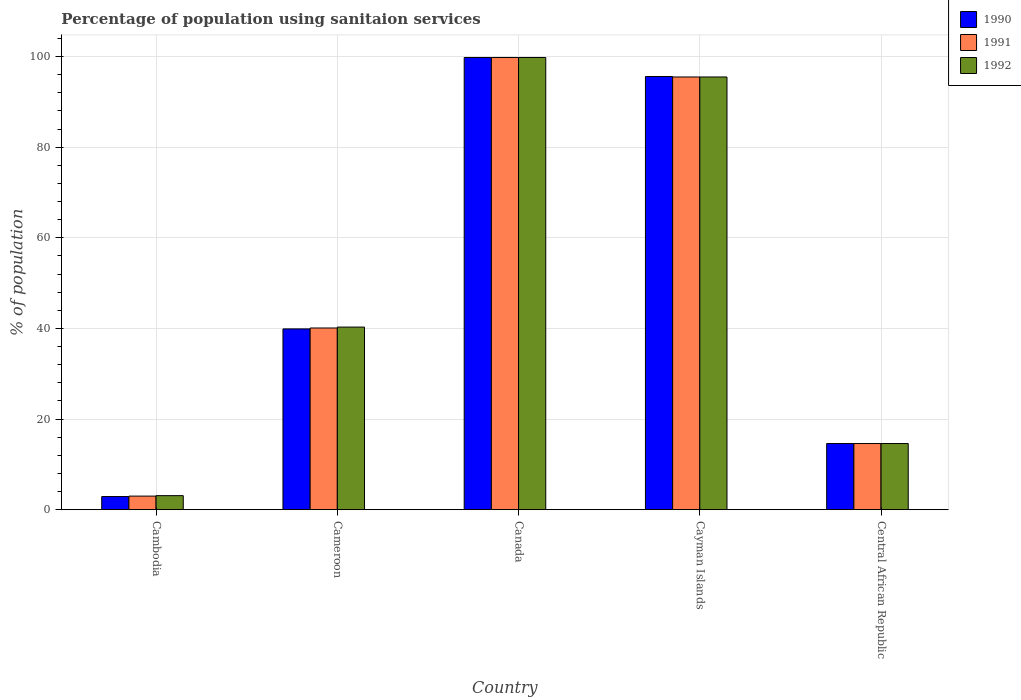
| Country | 1990 | 1991 | 1992 |
 | --- | --- | --- | --- |
 | Cambodia | 2.9 | 3 | 3.1 |
 | Cameroon | 39.9 | 40.1 | 40.3 |
 | Canada | 99.8 | 99.8 | 99.8 |
 | Cayman Islands | 95.6 | 95.5 | 95.5 |
 | Central African Republic | 14.6 | 14.6 | 14.6 |